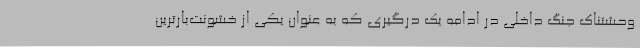
وحشتناک جنگ داخلی در ادامه یک درگیری که به عنوان یکی از خشونت‌بارترین